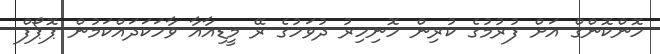
ހޮންކޮންގް އަށް ފުރުމުގެ ކުރިން ހޮނިހިރު ދުވަހުގެ ރޭ މީޑިއާއާ ވާހަކަދައްކަމުން ޕޮޕޯފް